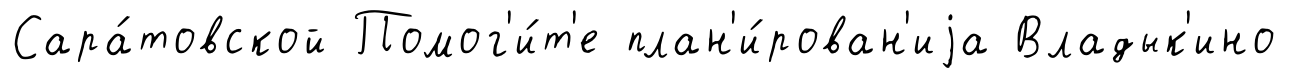
Сара́товской Помог'и́т'е план'и́рован'иjа Владык'ино